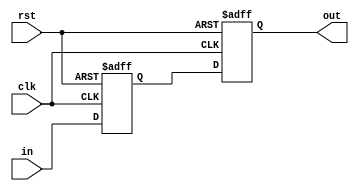
module flipflop (clk, rst, in, out);
parameter width = 1;
input clk, rst;
input [width-1:0] in;
output reg [width-1:0] out;
reg [width-1:0] buffer;

always @ (negedge clk or negedge rst)
  if (!rst)
    buffer = 0;
  else
    buffer = in;

always @ (posedge clk or negedge rst)
  if (!rst)
    out = 0;
  else
    out = buffer;
endmodule

module muxCombine (chooseA, opA, opB, out);
parameter width = 16;
input chooseA;
input [width-1:0] opA, opB;
output [width-1:0] out;
assign out = chooseA? opA : opB;
endmodule

module mux_B_buffered (clk, rst, chooseA, opA, opB, result);
parameter width = 16;
input clk, rst, chooseA;
input [width-1:0] opA, opB;
output [width-1:0] result;
reg [width:0] opBbuffer;

always @ (negedge clk or negedge rst)
  if (!rst)
    opBbuffer = 0;
  else
    opBbuffer = opB;

assign result = chooseA? opA : opBbuffer;
endmodule

module byPass (
  input [3:0] sourceIndex,
  input [15:0] sourceValue,
  input [3:0] updateIndex,
  input [15:0] updateValue,
  output [15:0] selectedValue
);

assign selectedValue = updateIndex == sourceIndex? updateValue : sourceValue;

endmodule